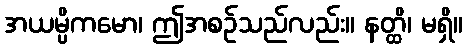
အယမ္ပိကမော၊ ဤအစဉ်သည်လည်း။ နတ္ထိ၊ မရှိ။